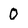
Character: 0